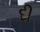
દી